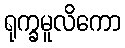
ရုက္ခမူလိကော